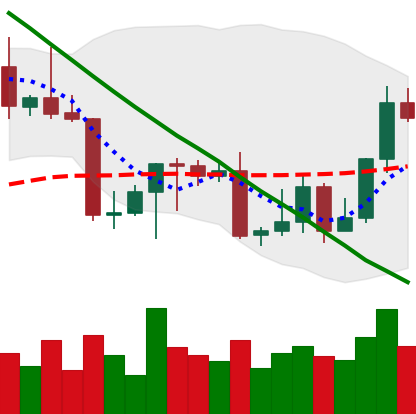
Ticker: LTC-USD
Chart end date: 2022-09-03
Forward return: -3.545%
Label: down_3_5